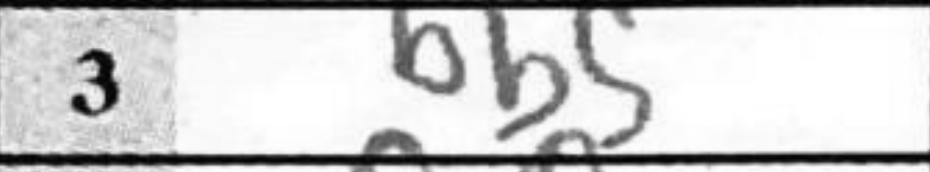
Transcription: Bb5